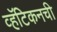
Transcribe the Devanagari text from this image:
व्हॅटिकनची